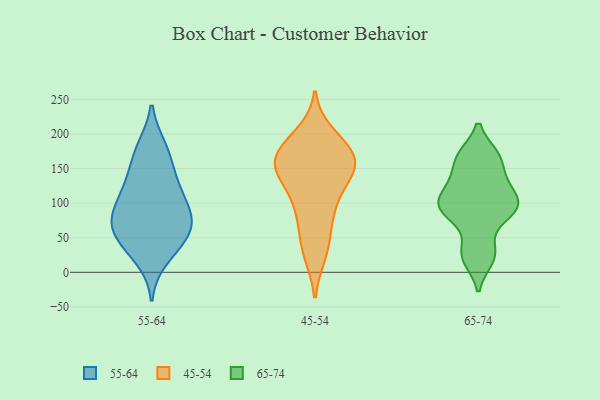
{"axis": {"x": "Customer Acquisition Cost (USD)", "y": "Value"}, "legend": ["45-54", "55-64", "65-74"], "data": [{"x": "", "y": 20, "type": "55-64"}, {"x": "", "y": 116, "type": "55-64"}, {"x": "", "y": 79, "type": "55-64"}, {"x": "", "y": 40, "type": "55-64"}, {"x": "", "y": 44, "type": "55-64"}, {"x": "", "y": 74, "type": "55-64"}, {"x": "", "y": 92, "type": "55-64"}, {"x": "", "y": 177, "type": "55-64"}, {"x": "", "y": 152, "type": "55-64"}, {"x": "", "y": 55, "type": "55-64"}, {"x": "", "y": 75, "type": "55-64"}, {"x": "", "y": 68, "type": "55-64"}, {"x": "", "y": 129, "type": "55-64"}, {"x": "", "y": 115, "type": "55-64"}, {"x": "", "y": 180, "type": "55-64"}, {"x": "", "y": 28, "type": "45-54"}, {"x": "", "y": 56, "type": "45-54"}, {"x": "", "y": 104, "type": "45-54"}, {"x": "", "y": 148, "type": "45-54"}, {"x": "", "y": 25, "type": "45-54"}, {"x": "", "y": 143, "type": "45-54"}, {"x": "", "y": 148, "type": "45-54"}, {"x": "", "y": 95, "type": "45-54"}, {"x": "", "y": 108, "type": "45-54"}, {"x": "", "y": 185, "type": "45-54"}, {"x": "", "y": 71, "type": "45-54"}, {"x": "", "y": 176, "type": "45-54"}, {"x": "", "y": 170, "type": "45-54"}, {"x": "", "y": 160, "type": "45-54"}, {"x": "", "y": 160, "type": "45-54"}, {"x": "", "y": 145, "type": "45-54"}, {"x": "", "y": 200, "type": "45-54"}, {"x": "", "y": 190, "type": "45-54"}, {"x": "", "y": 151, "type": "45-54"}, {"x": "", "y": 90, "type": "65-74"}, {"x": "", "y": 89, "type": "65-74"}, {"x": "", "y": 167, "type": "65-74"}, {"x": "", "y": 19, "type": "65-74"}, {"x": "", "y": 89, "type": "65-74"}, {"x": "", "y": 136, "type": "65-74"}, {"x": "", "y": 105, "type": "65-74"}, {"x": "", "y": 168, "type": "65-74"}, {"x": "", "y": 120, "type": "65-74"}, {"x": "", "y": 33, "type": "65-74"}]}